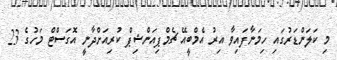
މި ކަލަންޑަރުގައި ހިމަނާފައިވާ އިރު އެމްބީއޭ ޗެމްޕިއަންޝިޕް ކުރިއަށްދާނީ އޮގަސްޓް މަހުގެ 23